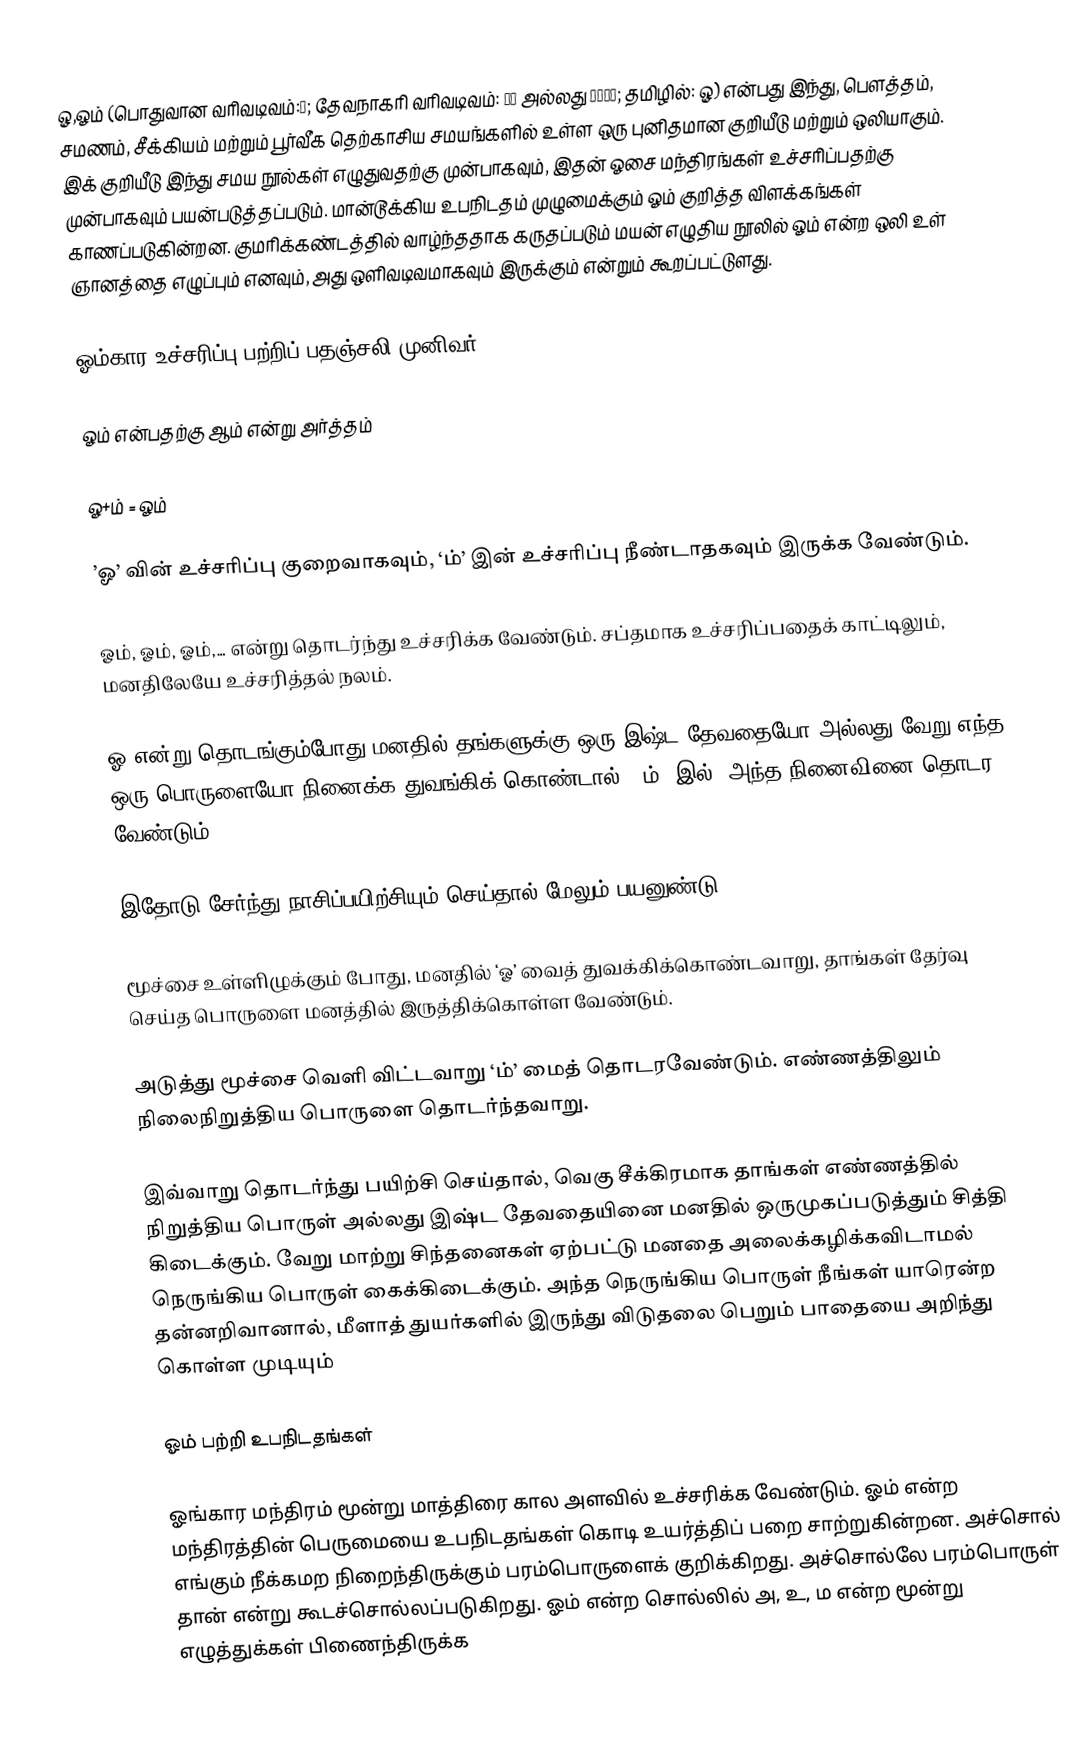
ௐ,ஓம் (பொதுவான வரிவடிவம்:ॐ; தேவநாகரி வரிவடிவம்: ओं அல்லது ओ३म्; தமிழில்: ௐ) என்பது இந்து, பௌத்தம், சமணம், சீக்கியம் மற்றும் பூர்வீக தெற்காசிய சமயங்களில் உள்ள ஒரு புனிதமான குறியீடு மற்றும் ஒலியாகும். இக் குறியீடு இந்து சமய நூல்கள் எழுதுவதற்கு முன்பாகவும், இதன் ஓசை மந்திரங்கள் உச்சரிப்பதற்கு முன்பாகவும் பயன்படுத்தப்படும். மான்டூக்கிய உபநிடதம் முழுமைக்கும் ஓம் குறித்த விளக்கங்கள் காணப்படுகின்றன. குமரிக்கண்டத்தில் வாழ்ந்ததாக கருதப்படும் மயன் எழுதிய நூலில் ஓம் என்ற ஒலி உள் ஞானத்தை எழுப்பும் எனவும், அது ஒளிவடிவமாகவும் இருக்கும் என்றும் கூறப்பட்டுளது.

ஓம்கார உச்சரிப்பு பற்றிப் பதஞ்சலி முனிவர்

ஓம் என்பதற்கு ஆம் என்று அர்த்தம்

ஓ+ம் = ஓம்

’ஓ’ வின் உச்சரிப்பு குறைவாகவும், ‘ம்’ இன் உச்சரிப்பு நீண்டாதகவும் இருக்க வேண்டும்.

ஓம், ஓம், ஓம்,… என்று தொடர்ந்து உச்சரிக்க வேண்டும். சப்தமாக உச்சரிப்பதைக் காட்டிலும், மனதிலேயே உச்சரித்தல் நலம்.

ஓ என்று தொடங்கும்போது மனதில் தங்களுக்கு ஒரு இஷ்ட தேவதையோ அல்லது வேறு எந்த ஒரு பொருளையோ நினைக்க துவங்கிக் கொண்டால், ’ம்’ இல், அந்த நினைவினை தொடர வேண்டும்.

இதோடு சேர்ந்து நாசிப்பயிற்சியும் செய்தால் மேலும் பயனுண்டு.

மூச்சை உள்ளிழுக்கும் போது, மனதில் ‘ஓ’ வைத் துவக்கிக்கொண்டவாறு, தாங்கள் தேர்வு செய்த பொருளை மனத்தில் இருத்திக்கொள்ள வேண்டும்.

அடுத்து மூச்சை வெளி விட்டவாறு ‘ம்’ மைத் தொடரவேண்டும். எண்ணத்திலும் நிலைநிறுத்திய பொருளை தொடர்ந்தவாறு.

இவ்வாறு தொடர்ந்து பயிற்சி செய்தால், வெகு சீக்கிரமாக தாங்கள் எண்ணத்தில் நிறுத்திய பொருள் அல்லது இஷ்ட தேவதையினை மனதில் ஒருமுகப்படுத்தும் சித்தி கிடைக்கும். வேறு மாற்று சிந்தனைகள் ஏற்பட்டு மனதை அலைக்கழிக்கவிடாமல் நெருங்கிய பொருள் கைக்கிடைக்கும். அந்த நெருங்கிய பொருள் நீங்கள் யாரென்ற தன்னறிவானால், மீளாத் துயர்களில் இருந்து விடுதலை பெறும் பாதையை அறிந்து கொள்ள முடியும்

ஓம் பற்றி உபநிடதங்கள்

ஓங்கார மந்திரம் மூன்று மாத்திரை கால அளவில் உச்சரிக்க வேண்டும். ஓம் என்ற மந்திரத்தின் பெருமையை உபநிடதங்கள் கொடி உயர்த்திப் பறை சாற்றுகின்றன. அச்சொல் எங்கும் நீக்கமற நிறைந்திருக்கும் பரம்பொருளைக் குறிக்கிறது. அச்சொல்லே பரம்பொருள் தான் என்று கூடச்சொல்லப்படுகிறது. ஓம் என்ற சொல்லில் அ, உ, ம என்ற மூன்று எழுத்துக்கள் பிணைந்திருக்க